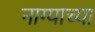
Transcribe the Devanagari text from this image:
नाग्याच्या